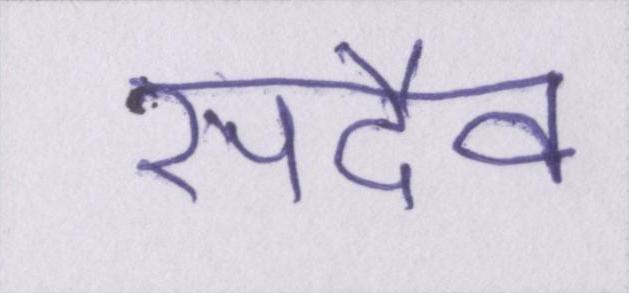
सदैव